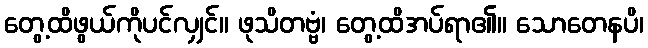
တွေ့ထိဖွယ်ကိုပင်လျှင်။ ဖုသိတဗ္ဗံ၊ တွေ့ထိအပ်ရာ၏။ သောတေနပိ၊